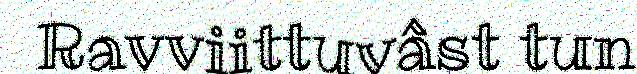
Ravviittuvâst tun